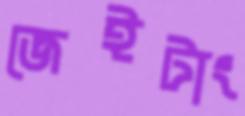
জেইটাং